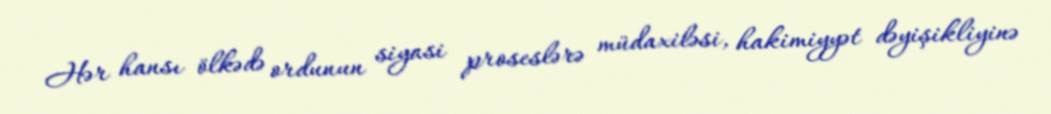
Hər hansı ölkədə ordunun siyasi proseslərə müdaxiləsi, hakimiyyət dəyişikliyinə